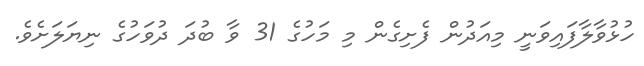
ހުޅުވާލާފައިވަނީ މިއަދުން ފެށިގެން މި މަހުގެ 31 ވާ ބުދަ ދުވަހުގެ ނިޔަލަށެވެ.